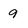
Character: 9